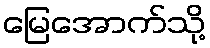
မြေအောက်သို့